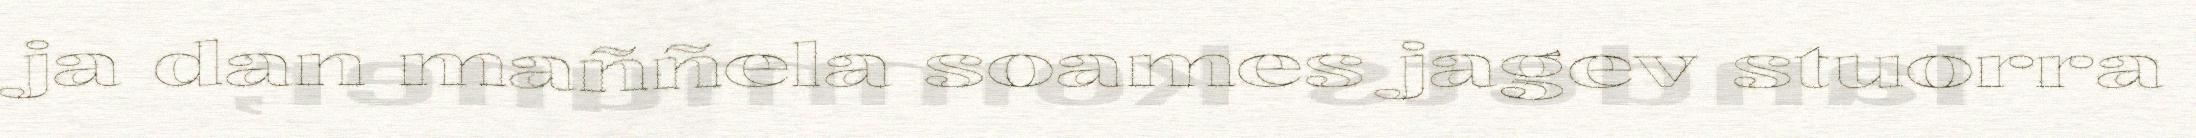
ja dan maññela soames jagev stuorra